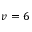
v = 6